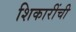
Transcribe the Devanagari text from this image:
शिकारींची